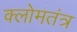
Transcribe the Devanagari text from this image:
क्लोमतंत्र